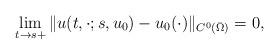
LaTeX: \begin{align*}\lim_{t\to s+}\|u(t,\cdot;s,u_0)-u_0(\cdot)\|_{C^0(\bar\Omega)}=0,\end{align*}